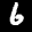
Digit: 6